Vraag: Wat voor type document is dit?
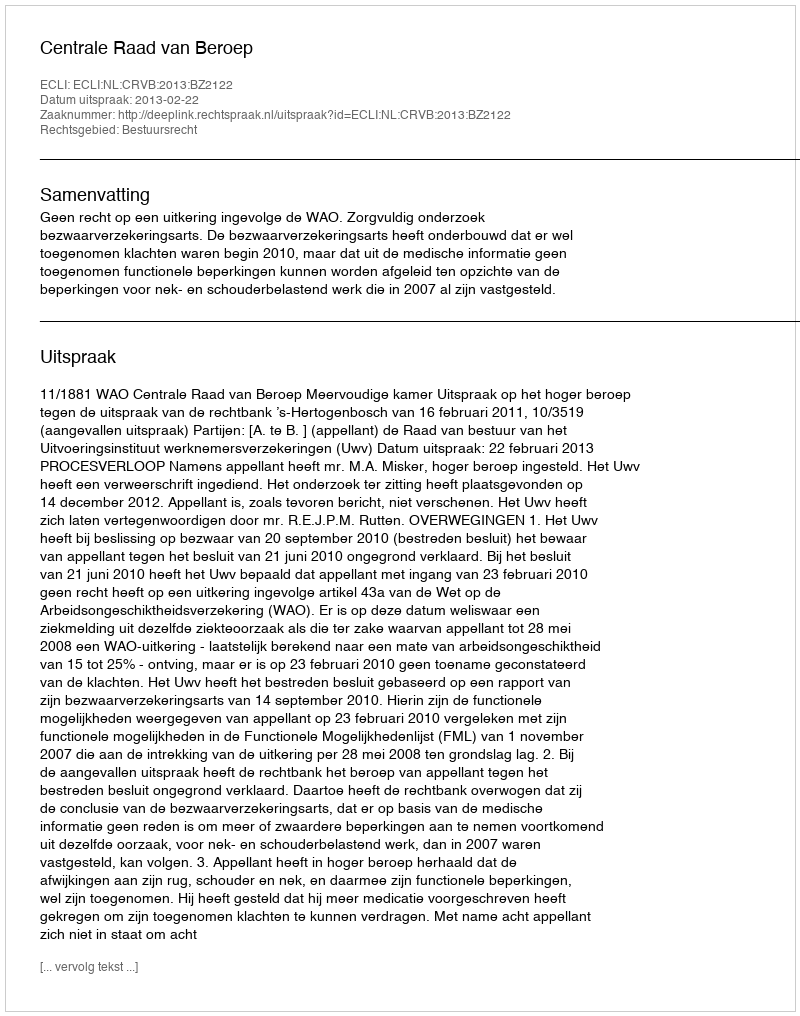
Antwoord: Uitspraak